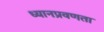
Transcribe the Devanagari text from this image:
ध्यानप्रवणता